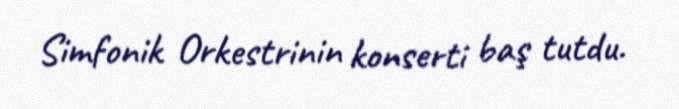
Simfonik Orkestrinin konserti baş tutdu.